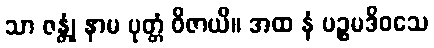
သာ ဇန္တုံ နာမ ပုတ္တံ ဝိဇာယိ။ အထ နံ ပဉ္စမဒိဝသေ